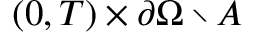
( 0 , T ) \times \partial \Omega \setminus A